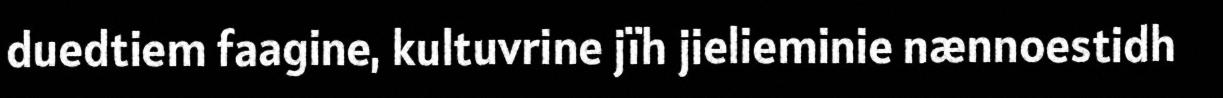
duedtiem faagine, kultuvrine jïh jielieminie nænnoestidh